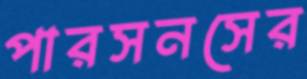
পারসনসের